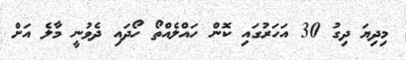
މިދިޔަ ދިގު 30 އަހަރުގައި ކޮން ހައްލެއްތޯ ހޯދައި ދެވުނީ މާލެ އަށް